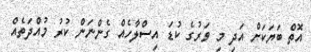
އޮތް ބަޔަކަށް އަދި މި ވަރުގެ ކުޑަ އިސްލާހެއް ގެންނަން ކުރު މުއްދަތެއް